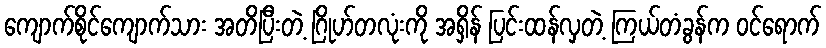
ကျောက်စိုင်ကျောက်သား အတိပြီးတဲ့ ဂြိုဟ်တလုံးကို အရှိန် ပြင်းထန်လှတဲ့ ကြယ်တံခွန်က ဝင်ရောက်